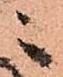
ニ